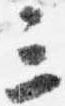
三